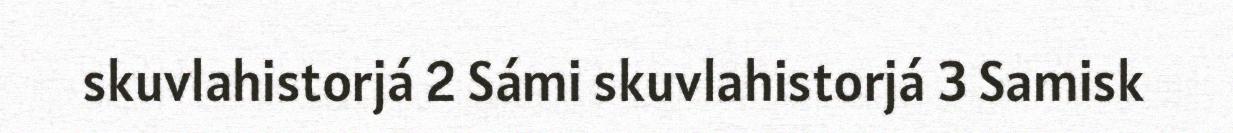
skuvlahistorjá 2 Sámi skuvlahistorjá 3 Samisk